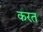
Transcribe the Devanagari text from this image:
करत